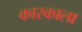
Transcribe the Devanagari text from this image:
कारकाला